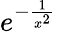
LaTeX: e^{-{\frac{1}{x^{2}}}}